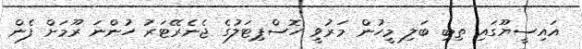
އައިސީޔޫގައި ތިބި ބަލި މީހުން މަރުވީ ހޮސްޕިޓަލުގެ ޖެނެރޭޓަރު ހުންނަ ރޫމަށް ފެން